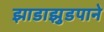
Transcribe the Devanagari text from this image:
झाडाझुडपाने